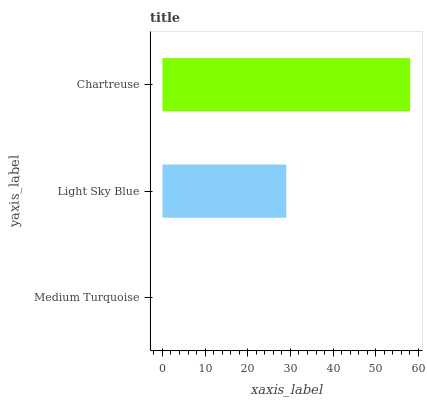
| yaxis_label | bars |
 | --- | --- |
 | Medium Turquoise | 0 |
 | Light Sky Blue | 29 |
 | Chartreuse | 58.1 |